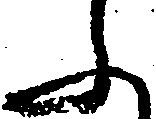
ふ